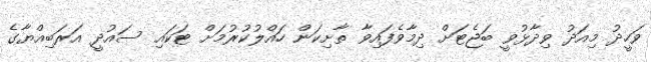
ވަހީދު މިއަދު ވިދާޅުވީ ބަޖެޓަށް ދިމާވެފައިވާ ތާށިކަން ހައްލުކުރުމަށް ޓަކައި ސައުދީ އަރަބިއްޔާގެ